Anatomy and histology of ticks - Number 23
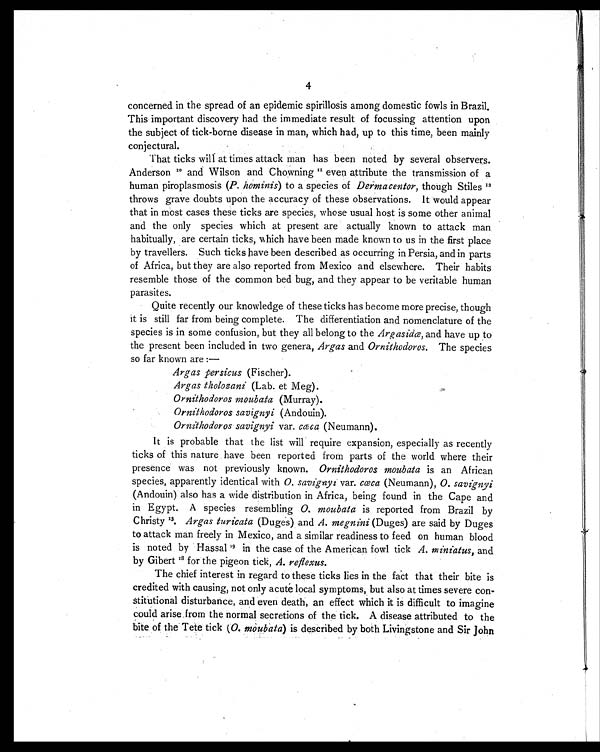
4
concerned in the spread of an epidemic spirillosis among domestic fowls in Brazil.
This important discovery had the immediate result of focussing attention upon
the subject of tick-borne disease in man, which had, up to this time, been mainly
conjectural.
That ticks will at times attack man has been noted by several observers.
Anderson 10and Wilson and Chowning11even attribute the transmission of a
human piroplasmosis ( P. hominis) to a species of Dermacentor, though Stiles 1 2
throws grave doubts upon the accuracy of these observations. It would appear
that in most cases these ticks are species, whose usual host is some other animal
and the only species which at present are actually known to attack man
habitually, are certain ticks, which have been made known to us in the first place
by travellers. Such ticks have been described as occurring in Persia, and in parts
of Africa, but they are also reported from Mexico and elsewhere. Their habits
resemble those of the common bed bug, and they appear to be veritable human
parasites.
Quite recently our knowledge of these ticks has become more precise, though
it is still far from being complete. The differentiation and nomenclature of the
species is in some confusion, but they all belong to the Argasidæ, and have up to
the present been included in two genera, Argas and Ornithodoros. The species
so far known are :
—
Argas persicus (Fischer).
Argas tholozani (Lab. et Meg).
Ornithodoros moubata (Murray).
Ornithodoros savignyi (Andouin).
Ornithodoros savignyi var. cæca (Neumann).
It is probable that the list will require expansion, especially as recently
ticks of this nature have been reported from parts of the world where their
presence was not previously known. Ornithodoros moubata is an African
species, apparently identical with O. savignyi var. cæca (Neumann), O. savignyi
(Andouin) also has a wide distribution in Africa, being found in the Cape and
in Egypt. A species resembling O. moubata is reported from Brazil by
Christy 13.Argas turicata(Duges) andA. megnini(Duges) are said by Duges
to attack man freely in Mexico, and a similar readiness to feed on human blood
is noted by Hassal 19in the case of the American fowl tickA. miniatus,and
by Gibert 18for the pigeon tick,A. reflexus.
The chief interest in regard to these ticks lies in the fact that their bite is
credited with causing, not only acute local symptoms, but also at times severe con-
stitutional disturbance, and even death, an effect which it is difficult to imagine
could arise from the normal secretions of the tick. A disease attributed to the
bite of the Tete tick ( O. moubata) is described by both Livingstone and Sir John